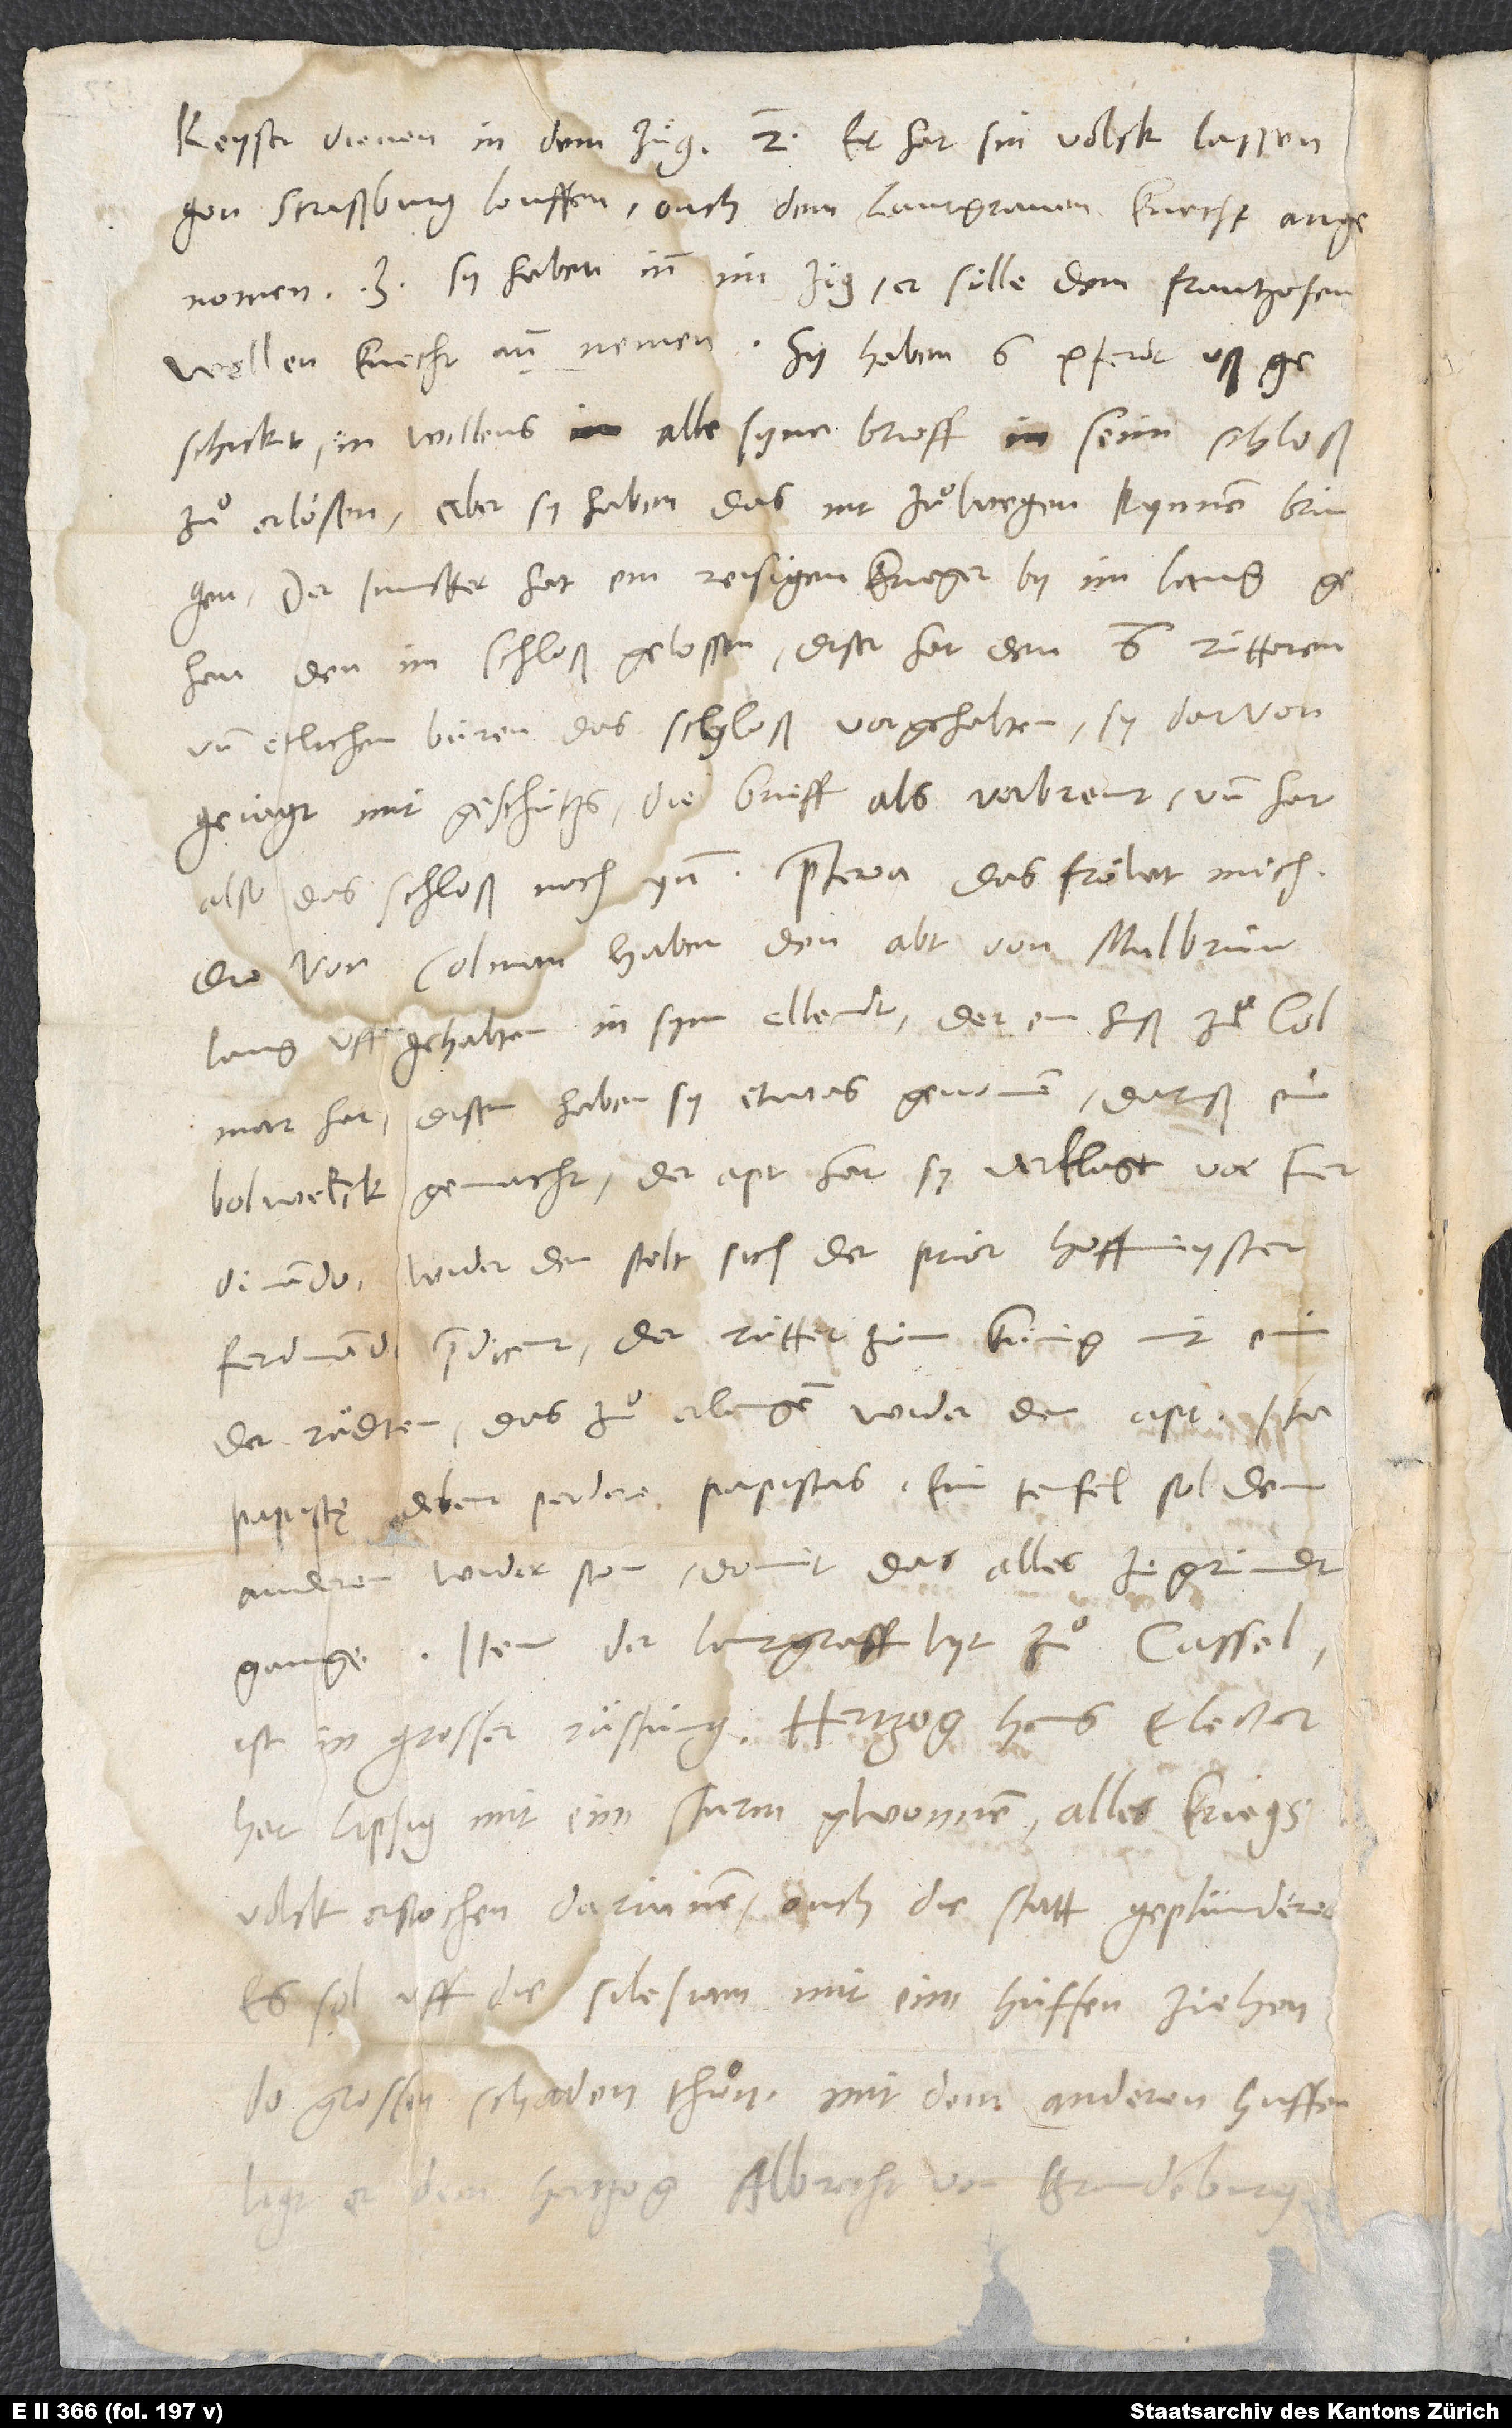
keyser dienen in dem zuͤg. 2. Er hat sin volck lassen
gon Strassburg louffen, ouch dem lantgraven knecht angenomen.
3. Sy haben inn im züg, er sölle dem Frantzosen
wellen knecht annemen. Sy haben 6 pferdt
ußgeschickt in willens, alle syne brieff in seim schloß
zuͦ erloͤßen; aber sy haben das nit zuͦ wegen kynnen bringen.
Der juncker hat ein reisigen krieger by im lang
gehan; den im schloß gelossen. Diser hat den 6 rütteren
und etlichen büren das schloß vorgehalten, sy darvon
gejagt mit geschützs, die brieff als verbrent, und hat
Die von Colmar haben den abt von Malbrunn
lang uffgehalten in sym ellendt, der ein huß zuͦ Colmar
hat. Disem haben sy etwas genomen, daruß ein
bolwerck gemacht. Der apt hat sy verklagt vor
Ferdinando. Wider den stelt sich der prior Hoffmeyster,
Ferdinandi predi cent. Der rüttet zum künig mit eim
der raͤdten, das zuͦ erlangen wider den apt. Ita
papistę debent perdere papistas! Ein teufel sol dem
anderen widerston, domit das alles ze gründt
Item, der landtgraff lyt zuͦ Cassel.
Ist in grosser ruͤstung. Hertzog Hans, elector,
hat Lipsig mit eim sturm gwonnen, alles kriegsvolck
erstochen darinnen, ouch die statt geplünderet.
Er soll uff die Silesiam mit eim hüffen ziehen,
do grossen schaden thuͦn. Mit dem anderen huffen
ligt er dem hertzog Albrecht von Brandenburg